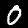
Digit: 0